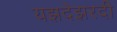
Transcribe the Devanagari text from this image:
यझदेझरदी